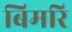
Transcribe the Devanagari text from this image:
बिमरि